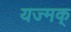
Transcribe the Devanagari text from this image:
यज्मक्